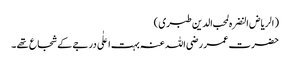
( الریاض النضرہ لمحب الدین طبری )
حضرت عمر رضی اللہ عنہ بہت اعلٰی درجے کے شجاع تھے ۔